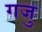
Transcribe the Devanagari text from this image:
गजु